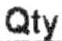
QTY